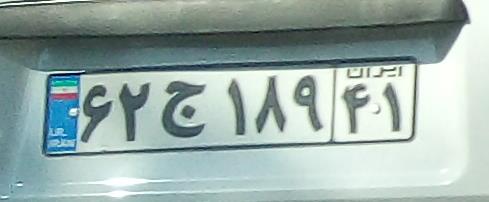
۶۲ج۱۸۹۴۱